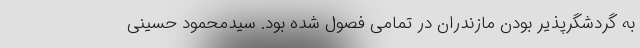
به گردشگرپذیر بودن مازندران در تمامی فصول شده بود. سیدمحمود حسینی